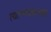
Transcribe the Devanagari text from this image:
त्यान्च्याबराबर